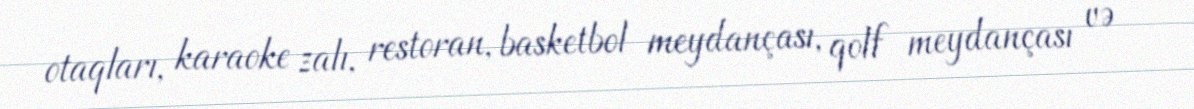
otaqları, karaoke zalı, restoran, basketbol meydançası, qolf meydançası və